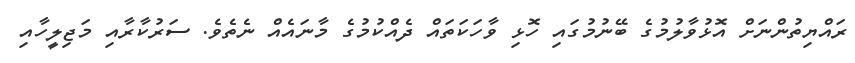
ރައްޔިތުންނަށް އޮޅުވާލުމުގެ ބޭނުމުގައި ހޮޅި ވާހަކަތައް ދެއްކުމުގެ މާނައެއް ނެތެވެ. ސަރުކާރާއި މަޖިލީހާއި